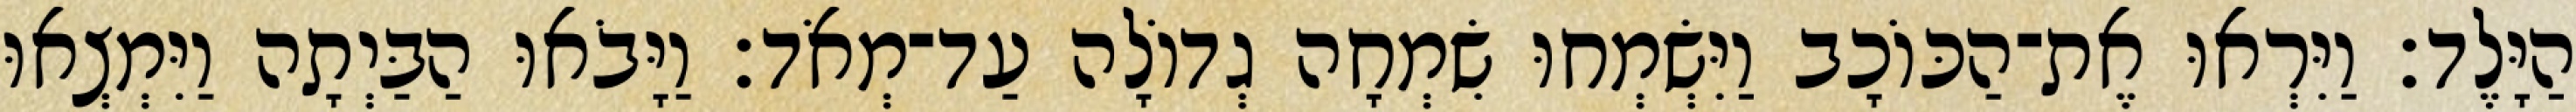
הַיָּלֶד׃ וַיִּרְאוּ אֶת־הַכּוֹכָב וַיִּשְׂמְחוּ שִׂמְחָה גְדוֹלָה עַד־מְאֹד׃ וַיָּבֹאוּ הַבַּיְתָה וַיִּמְצְאוּ